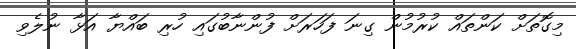
މިގޮތަށް ކަންތައް ކުރުމުން ގިނަ ފަހަރަށް ފުންނާބުގައި ހުރި ބައްޔާ އަޅާ ނުލެވި